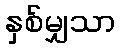
နှစ်မျှသာ